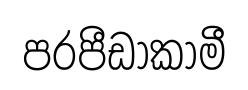
පරපීඩාකාමී